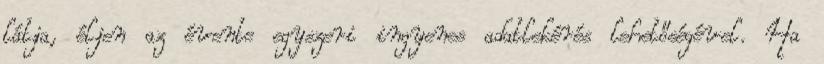
látja, éljen az évente egyszeri ingyenes adatlekérés lehetőségével. Ha